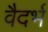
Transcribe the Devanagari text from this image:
वैदर्भ